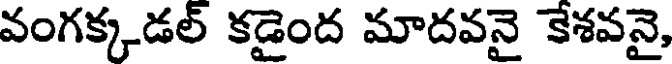
వంగక్కడల్ కడైంద మాదవనై కేశవనై,